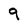
Character: 9